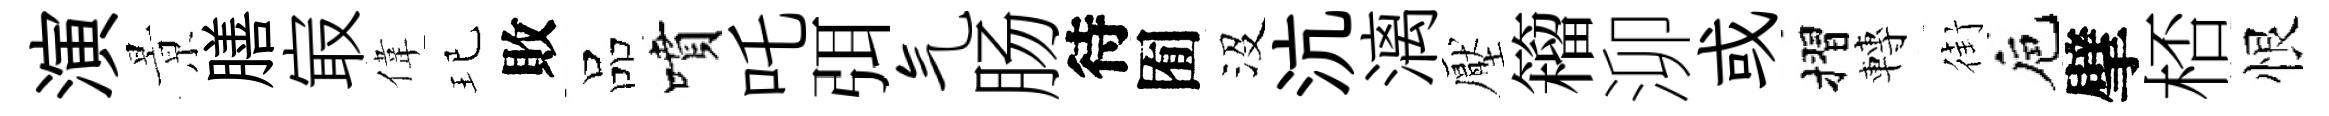
演㬌膳㝡偉玘敗品噴吒弭气肠待囿沒沆漓壓籕泖或摺轉街巵擘桮恨